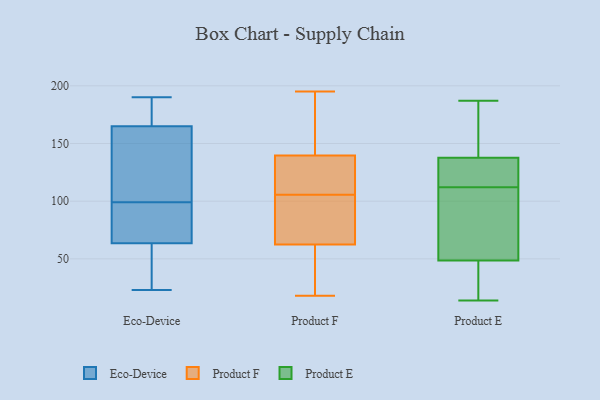
{"axis": {"x": "Humidity (%)", "y": "Value"}, "legend": ["Eco-Device", "Product E", "Product F"], "data": [{"x": "", "y": 140, "type": "Eco-Device"}, {"x": "", "y": 62, "type": "Eco-Device"}, {"x": "", "y": 64, "type": "Eco-Device"}, {"x": "", "y": 160, "type": "Eco-Device"}, {"x": "", "y": 171, "type": "Eco-Device"}, {"x": "", "y": 125, "type": "Eco-Device"}, {"x": "", "y": 175, "type": "Eco-Device"}, {"x": "", "y": 99, "type": "Eco-Device"}, {"x": "", "y": 38, "type": "Eco-Device"}, {"x": "", "y": 176, "type": "Eco-Device"}, {"x": "", "y": 62, "type": "Eco-Device"}, {"x": "", "y": 92, "type": "Eco-Device"}, {"x": "", "y": 23, "type": "Eco-Device"}, {"x": "", "y": 163, "type": "Eco-Device"}, {"x": "", "y": 84, "type": "Eco-Device"}, {"x": "", "y": 98, "type": "Eco-Device"}, {"x": "", "y": 190, "type": "Eco-Device"}, {"x": "", "y": 91, "type": "Product F"}, {"x": "", "y": 34, "type": "Product F"}, {"x": "", "y": 136, "type": "Product F"}, {"x": "", "y": 18, "type": "Product F"}, {"x": "", "y": 95, "type": "Product F"}, {"x": "", "y": 112, "type": "Product F"}, {"x": "", "y": 130, "type": "Product F"}, {"x": "", "y": 99, "type": "Product F"}, {"x": "", "y": 195, "type": "Product F"}, {"x": "", "y": 133, "type": "Product F"}, {"x": "", "y": 148, "type": "Product F"}, {"x": "", "y": 66, "type": "Product F"}, {"x": "", "y": 181, "type": "Product F"}, {"x": "", "y": 39, "type": "Product F"}, {"x": "", "y": 59, "type": "Product F"}, {"x": "", "y": 143, "type": "Product F"}, {"x": "", "y": 156, "type": "Product E"}, {"x": "", "y": 48, "type": "Product E"}, {"x": "", "y": 86, "type": "Product E"}, {"x": "", "y": 115, "type": "Product E"}, {"x": "", "y": 187, "type": "Product E"}, {"x": "", "y": 14, "type": "Product E"}, {"x": "", "y": 117, "type": "Product E"}, {"x": "", "y": 168, "type": "Product E"}, {"x": "", "y": 50, "type": "Product E"}, {"x": "", "y": 84, "type": "Product E"}, {"x": "", "y": 38, "type": "Product E"}, {"x": "", "y": 143, "type": "Product E"}, {"x": "", "y": 112, "type": "Product E"}, {"x": "", "y": 122, "type": "Product E"}, {"x": "", "y": 19, "type": "Product E"}, {"x": "", "y": 75, "type": "Product E"}, {"x": "", "y": 27, "type": "Product E"}, {"x": "", "y": 181, "type": "Product E"}, {"x": "", "y": 115, "type": "Product E"}]}